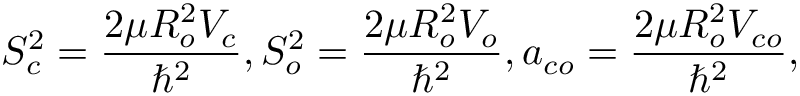
S _ { c } ^ { 2 } = \frac { 2 \mu R _ { o } ^ { 2 } V _ { c } } { \hbar ^ { 2 } } , S _ { o } ^ { 2 } = \frac { 2 \mu R _ { o } ^ { 2 } V _ { o } } { \hbar ^ { 2 } } , a _ { c o } = \frac { 2 \mu R _ { o } ^ { 2 } V _ { c o } } { \hbar ^ { 2 } } ,